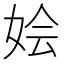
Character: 𫰢